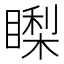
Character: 𥊈